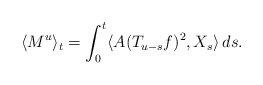
LaTeX: \begin{align*} \langle M^{u}\rangle_t=\int_0^t \langle A(T_{u-s}f)^2, X_s\rangle\,ds.\end{align*}